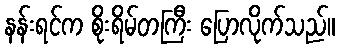
နန်းရင်က စိုးရိမ်တကြီး ပြောလိုက်သည်။